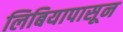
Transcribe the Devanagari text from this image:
लिबियापासून